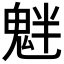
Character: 𩲯